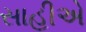
સાહીએ